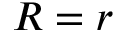
R = r